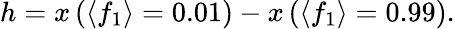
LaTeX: h=x\left(\langle f_{1}\rangle=0.01\right)-x\left(\langle f_{1}\rangle=0.99\right).